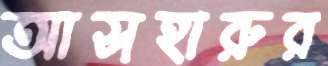
আসহারুর